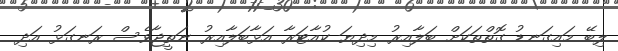
ލިބޭ މައިގަނޑު ގޮތްތަކަށް ބަލާއިރު މިދިޔަ ކުއާޓަރާ އަޅާބަލާއިރު ނަތީޖާވެސް ރަނގަޅު އަދި